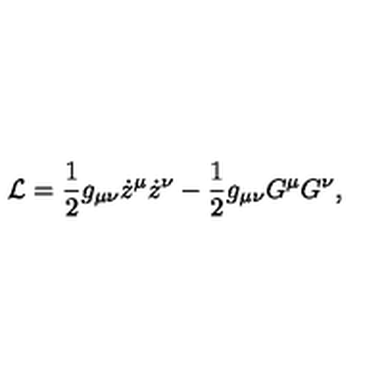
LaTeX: { \cal L } = \frac { 1 } { 2 } g _ { \mu \nu } \dot { z } ^ { \mu } \dot { z } ^ { \nu } - \frac { 1 } { 2 } g _ { \mu \nu } G ^ { \mu } G ^ { \nu } ,